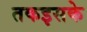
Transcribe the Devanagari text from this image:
तकइसके